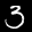
Label: 3